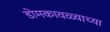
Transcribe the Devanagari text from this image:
डोमकावळ्याच्या